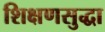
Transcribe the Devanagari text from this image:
शिक्षणसुद्धा